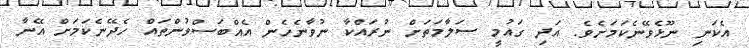
އެކަނި ނޫޅެވޭނެކަމަށެވެ. އަދި ގައުމީ ސަލާމަތަށް ނުރައްކާ ނުވާނެހެން އެއްބަސްވުންތައް ހެދޭނެކަމަށް އޭނާ